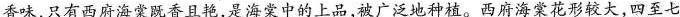
香味，只有西府海棠既香且艳，是海棠中的上品，被广泛地种植。西府海棠花形较大，四至七